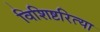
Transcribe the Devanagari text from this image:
विशिष्टरित्या